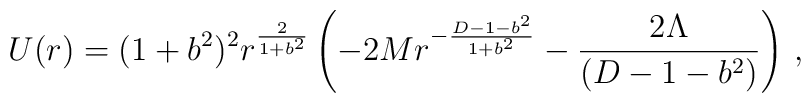
U(r) = (1 +b^2)^2 r^{2 \over {1+b^2}} \left( -2Mr^{-{{D-1-b^2}\over{1+b^2}}} - {{2\Lambda}\over {(D-1-b^2)}} \right) \, ,